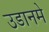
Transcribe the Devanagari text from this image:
उडानमे